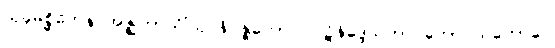
သုခုမစ္ဆိကေန အဇ္ဈဘာသိံသု နိပန္နကောဝ ပဋိနိဒ္ဒေသဘာဝတော သတောပေ